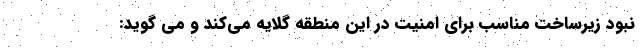
نبود زیرساخت مناسب برای امنیت در این منطقه گلایه می‌کند و می گوید: